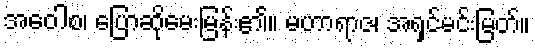
အဝေါစ၊ ပြောဆိုမေးမြန်း၏။ မဟာရာဇ၊ အရှင်မင်းမြတ်။